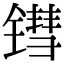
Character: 𬭬